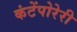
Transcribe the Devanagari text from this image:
कंटेंपोरेरी